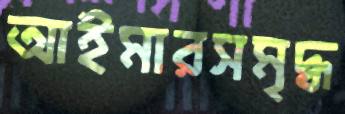
আইমারসমৃদ্ধ